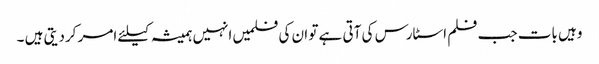
وہیں بات جب فلم اسٹارس کی آتی ہے تو ان کی فلمیں انہیں ہمیشہ کیلئے امر کردیتی ہیں ۔